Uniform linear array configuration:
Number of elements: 16
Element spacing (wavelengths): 1
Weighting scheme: uniform
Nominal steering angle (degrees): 45
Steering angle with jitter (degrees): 43.376
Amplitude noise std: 0.05
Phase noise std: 0.05

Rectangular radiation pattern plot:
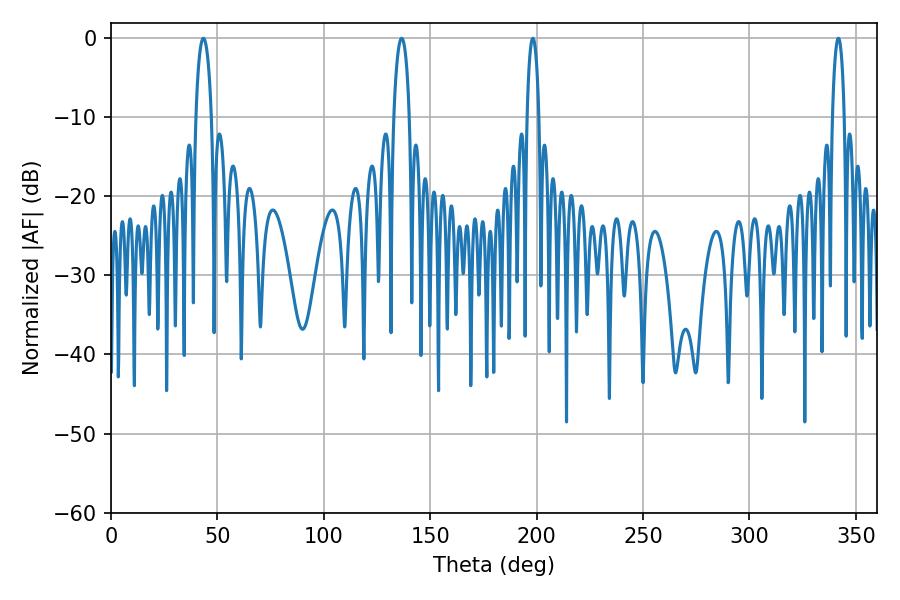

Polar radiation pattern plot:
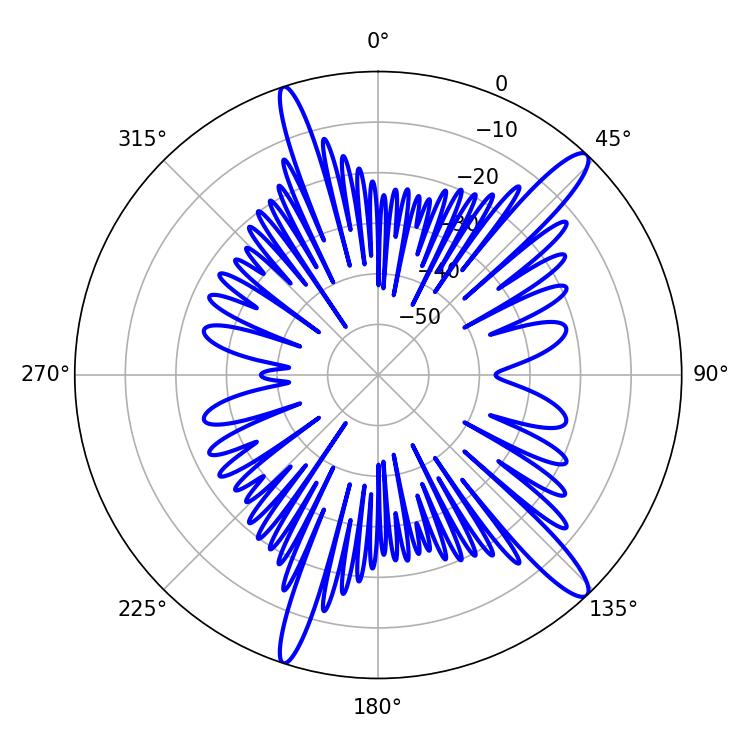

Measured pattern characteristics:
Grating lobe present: TRUE
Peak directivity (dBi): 14.151
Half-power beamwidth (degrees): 4.14
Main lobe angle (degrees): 43.38